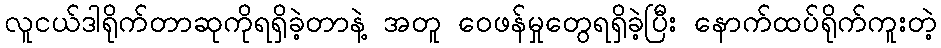
လူငယ်ဒါရိုက်တာဆုကိုရရှိခဲ့တာနဲ့ အတူ ဝေဖန်မှုတွေရရှိခဲ့ပြီး နောက်ထပ်ရိုက်ကူးတဲ့